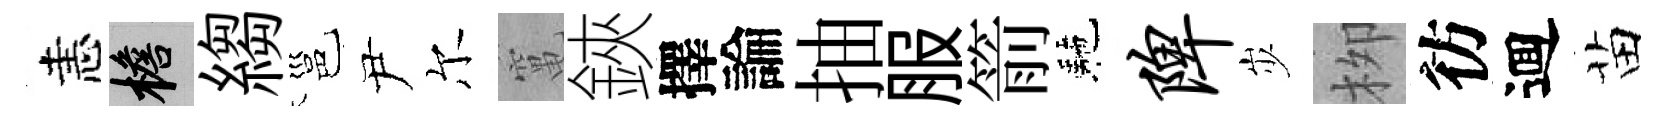
恚檐縐邕尹尔𥧄鋏擇論抽服箭駰陴𡵯栁彷逥苗